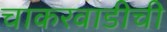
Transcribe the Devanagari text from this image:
चाकरवाडीची